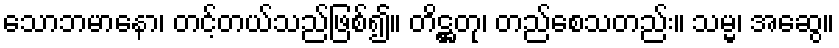
သောဘမာနော၊ တင့်တယ်သည်ဖြစ်၍။ တိဋ္ဌတု၊ တည်စေသတည်း။ သမ္မ၊ အဆွေ။